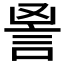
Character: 𧦙